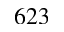
6 2 3